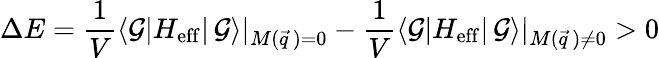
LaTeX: \Delta E=\frac{1}{V}\langle{\cal G}|H_{\mathrm{eff}}|\, {\cal G}\rangle|_{M(\vec{q}\, )=0}-\frac{1}{V}\langle{\cal G}|H_{\mathrm{eff}}|\, {\cal G}\rangle|_{M(\vec{q}\, )\neq 0}>0